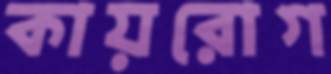
কায়রোগ